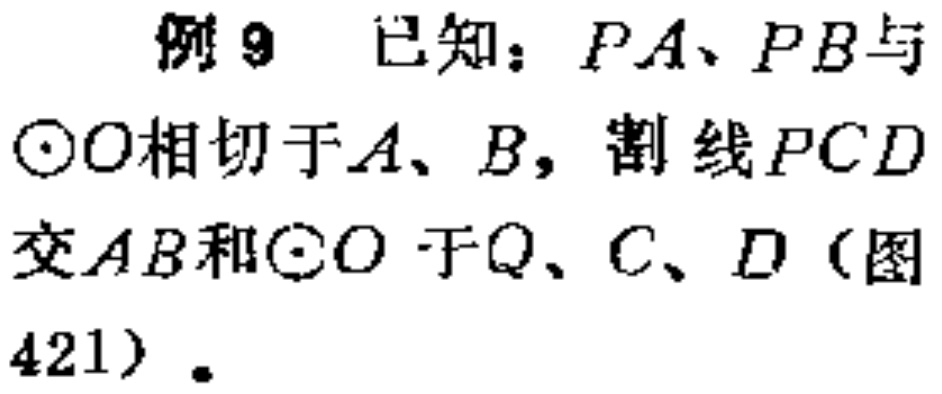
例9 已知：$PA、PB$与$\odot O$相切于$A、B$，割线$PCD$交$AB$和$\odot O$于$Q、C、D$（图421）.